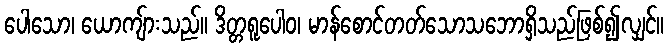
ပေါသော၊ ယောကျ်ားသည်။ ဒိတ္တရူပေါဝ၊ မာန်စောင်တတ်သောသဘောရှိသည်ဖြစ်၍လျှင်။